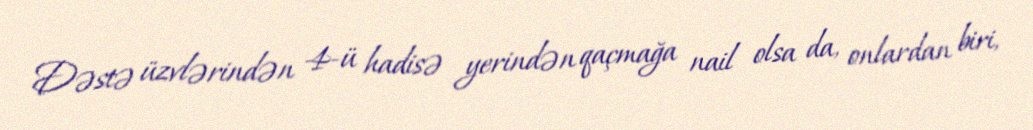
Dəstə üzvlərindən 4-ü hadisə yerindən qaçmağa nail olsa da, onlardan biri,